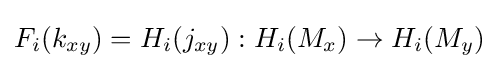
F_{i}(k_{xy})=H_{i}(j_{xy}):H_{i}(M_{x})\rightarrow H_{i}(M_{y})